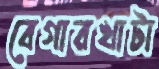
বেগারখাটা